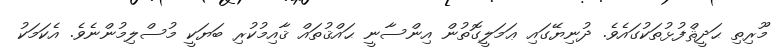
މޫރިތި ޙަދީޘްފުޅުތަކުގައެވެ. ދުނިޔޭގައި ޢަމަލީގޮތުން އިންސާނީ ޙައްޤުތައް ޤާއިމުކުރި ބަޔަކީ މުސްލިމުންނެވެ. އެކަމަކު